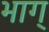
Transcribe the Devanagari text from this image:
भाग्